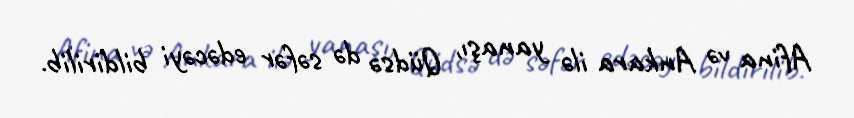
Afina və Ankara ilə yanaşı, Qüdsə də səfər edəcəyi bildirilib.